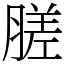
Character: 䐤